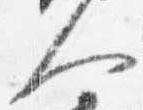
人